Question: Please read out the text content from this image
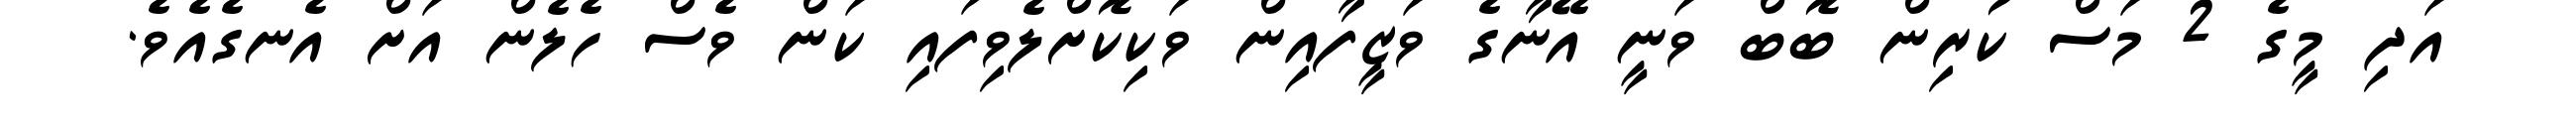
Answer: އަދި މީގެ 2 މަސް ކުރިން ބޮބް ވަނީ އޭނާގެ ވަޒީފާއިން ވަކިކޮށްލެވިފައި ކަން ވެސް ހެލެން އަށް އެނގެއެވެ.